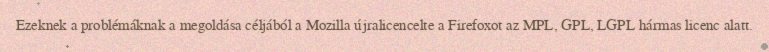
Ezeknek a problémáknak a megoldása céljából a Mozilla újralicencelte a Firefoxot az MPL, GPL, LGPL hármas licenc alatt.